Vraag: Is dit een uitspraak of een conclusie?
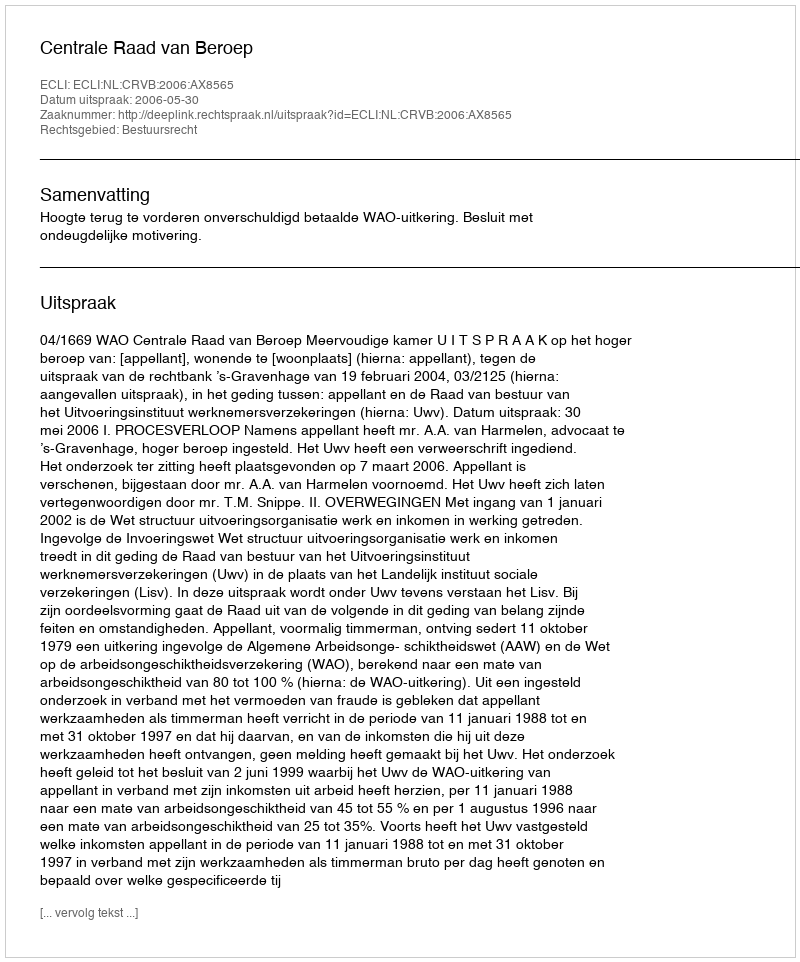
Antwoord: Uitspraak